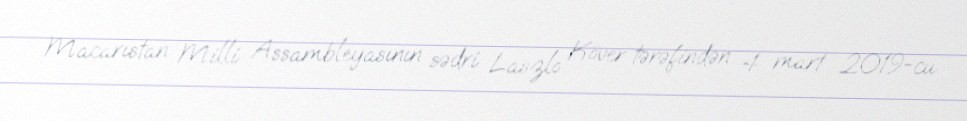
Macarıstan Milli Assambleyasının sədri Laszlo Köver tərəfindən 4 mart 2019-cu